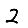
Digit: 2